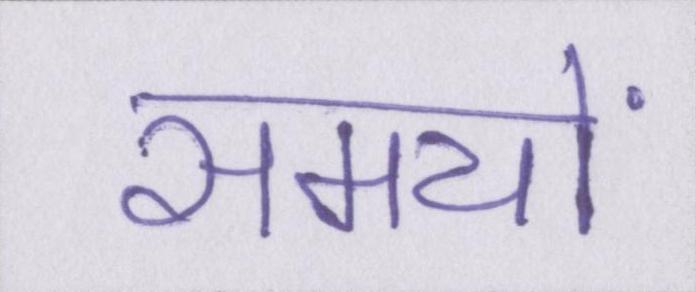
समयों